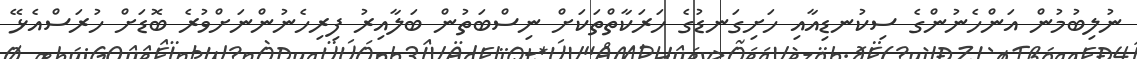
ނުލިބުމުން އަންހެނުންގެ ސިކުނޑިއާއި ހަށިގަނޑުގެ ހަރަކާތްތަކަށް ނިސްބަތުން ބަލާއިރު ފިރިހެނުންނަށްވުރެ ބޮޑަށް ހުރަސްއެޅޭ